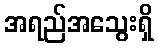
အရည်အသွေးရှိ